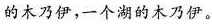
的木乃伊，一个湖的木乃伊。